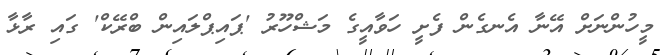
މީހުންނަށް އޭނާ އެނގެން ފެށީ ހަވާއީގެ މަޝްހޫރު 'ޕައިޕްލައިން ބްރޭކް' ގައި ރާޅާ